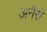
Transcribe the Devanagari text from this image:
अनैसे